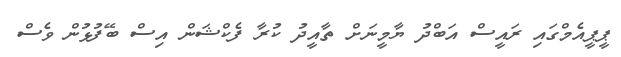
ޕީޕީއެމްގައި ރައީސް އަބްދު ޔާމީނަށް ތާއީދު ކުރާ ފެކްޝަން އިސް ބޭފުޅުން ވެސް